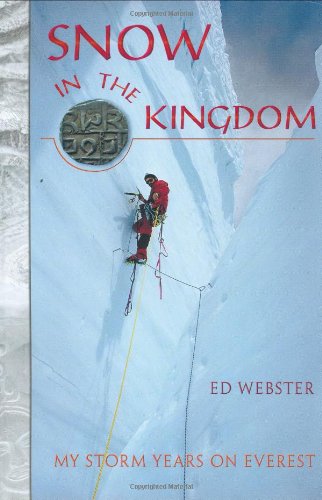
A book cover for Snow in the Kingdom: My Storm Years on Everest; Ed Webster; Biographies & Memoirs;